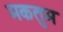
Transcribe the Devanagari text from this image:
मकतुम